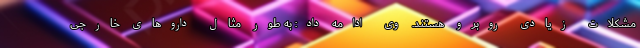
مشکلات زیادی روبرو هستند. وی ادامه داد: به طور مثال داروهای خارجی